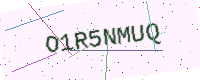
Text: O1R5NMUQ